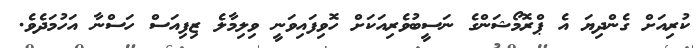
ކުރިއަށް ގެންދިޔަ އެ ޕްރޮމޯޝަންގެ ނަސީބުވެރިއަކަށް ހޮވިފައިވަނީ ވިލިމާލެ ޒިފިއަސް ހަސްނާ އަހުމަދެވެ.